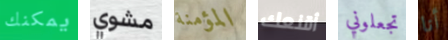
يمكنك مشوي المؤمنة أقنعك تجعلوني أنا